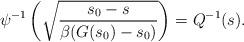
LaTeX: \begin{align*}\psi^{-1}\left(\sqrt{\frac{s_0-s}{\beta(G(s_0)-s_0)}}\right)=Q^{-1}(s).\end{align*}